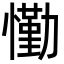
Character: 懄